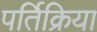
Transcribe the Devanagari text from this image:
पर्तिक्रिया